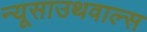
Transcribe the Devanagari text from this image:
न्यूसाउथवाल्स